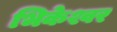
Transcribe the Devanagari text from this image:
भिकेश्वर